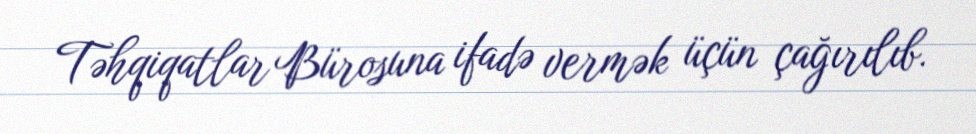
Təhqiqatlar Bürosuna ifadə vermək üçün çağırılıb.